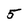
Character: 5